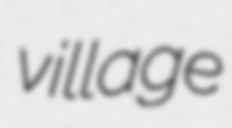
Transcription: village